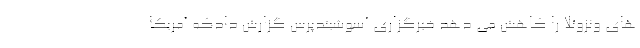
های ونزوئلا را کاهش می دهد خبرگزاری آسوشیتدپرس گزارش دادکه آمریکا